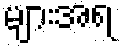
များအရ